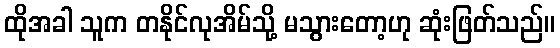
ထိုအခါ သူက တနိုင်လုအိမ်သို့ မသွားတော့ဟု ဆုံးဖြတ်သည်။